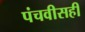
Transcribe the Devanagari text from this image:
पंचवीसही